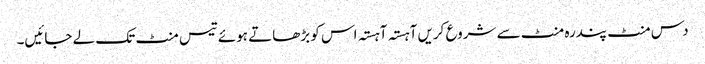
دس منٹ پندرہ منٹ سے شروع کریں آہستہ آہستہ اس کو بڑھاتے ہوئے تیس منٹ تک لے جائیں۔